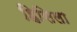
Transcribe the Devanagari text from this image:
हिसिला